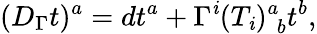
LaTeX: (D_{\Gamma}t)^{a}=dt^{a}+\Gamma^{\mathit{i}}(T_{\mathit{i}})_{\, \, b}^{a}t^{b},